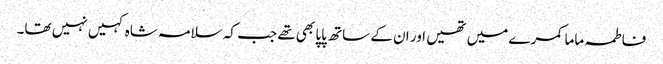
فاطمہ ماما کمرے میں تھیں اور ان کے ساتھ پاپا بھی تھے جب کہ سلامہ شاہ کہیں نہیں تھا۔